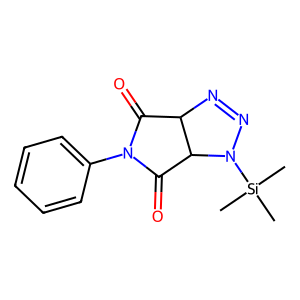
SMILES: C[Si](C)(C)N1N=NC2C(=O)N(c3ccccc3)C(=O)C21
Inhibits HIV replication: No